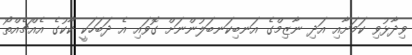
ވިދާޅުވި ކަމަށާއި އަދި ނާޒިމްގެ އަނބިކަނބަލުންނަށް ގޮވައި އެ ދަބަހަކީ ކާކުގެ އެއްޗެއްތޯ